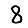
Digit: 8